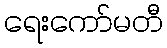
ရေးကော်မတီ